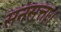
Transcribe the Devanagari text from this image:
सनसत्ता।